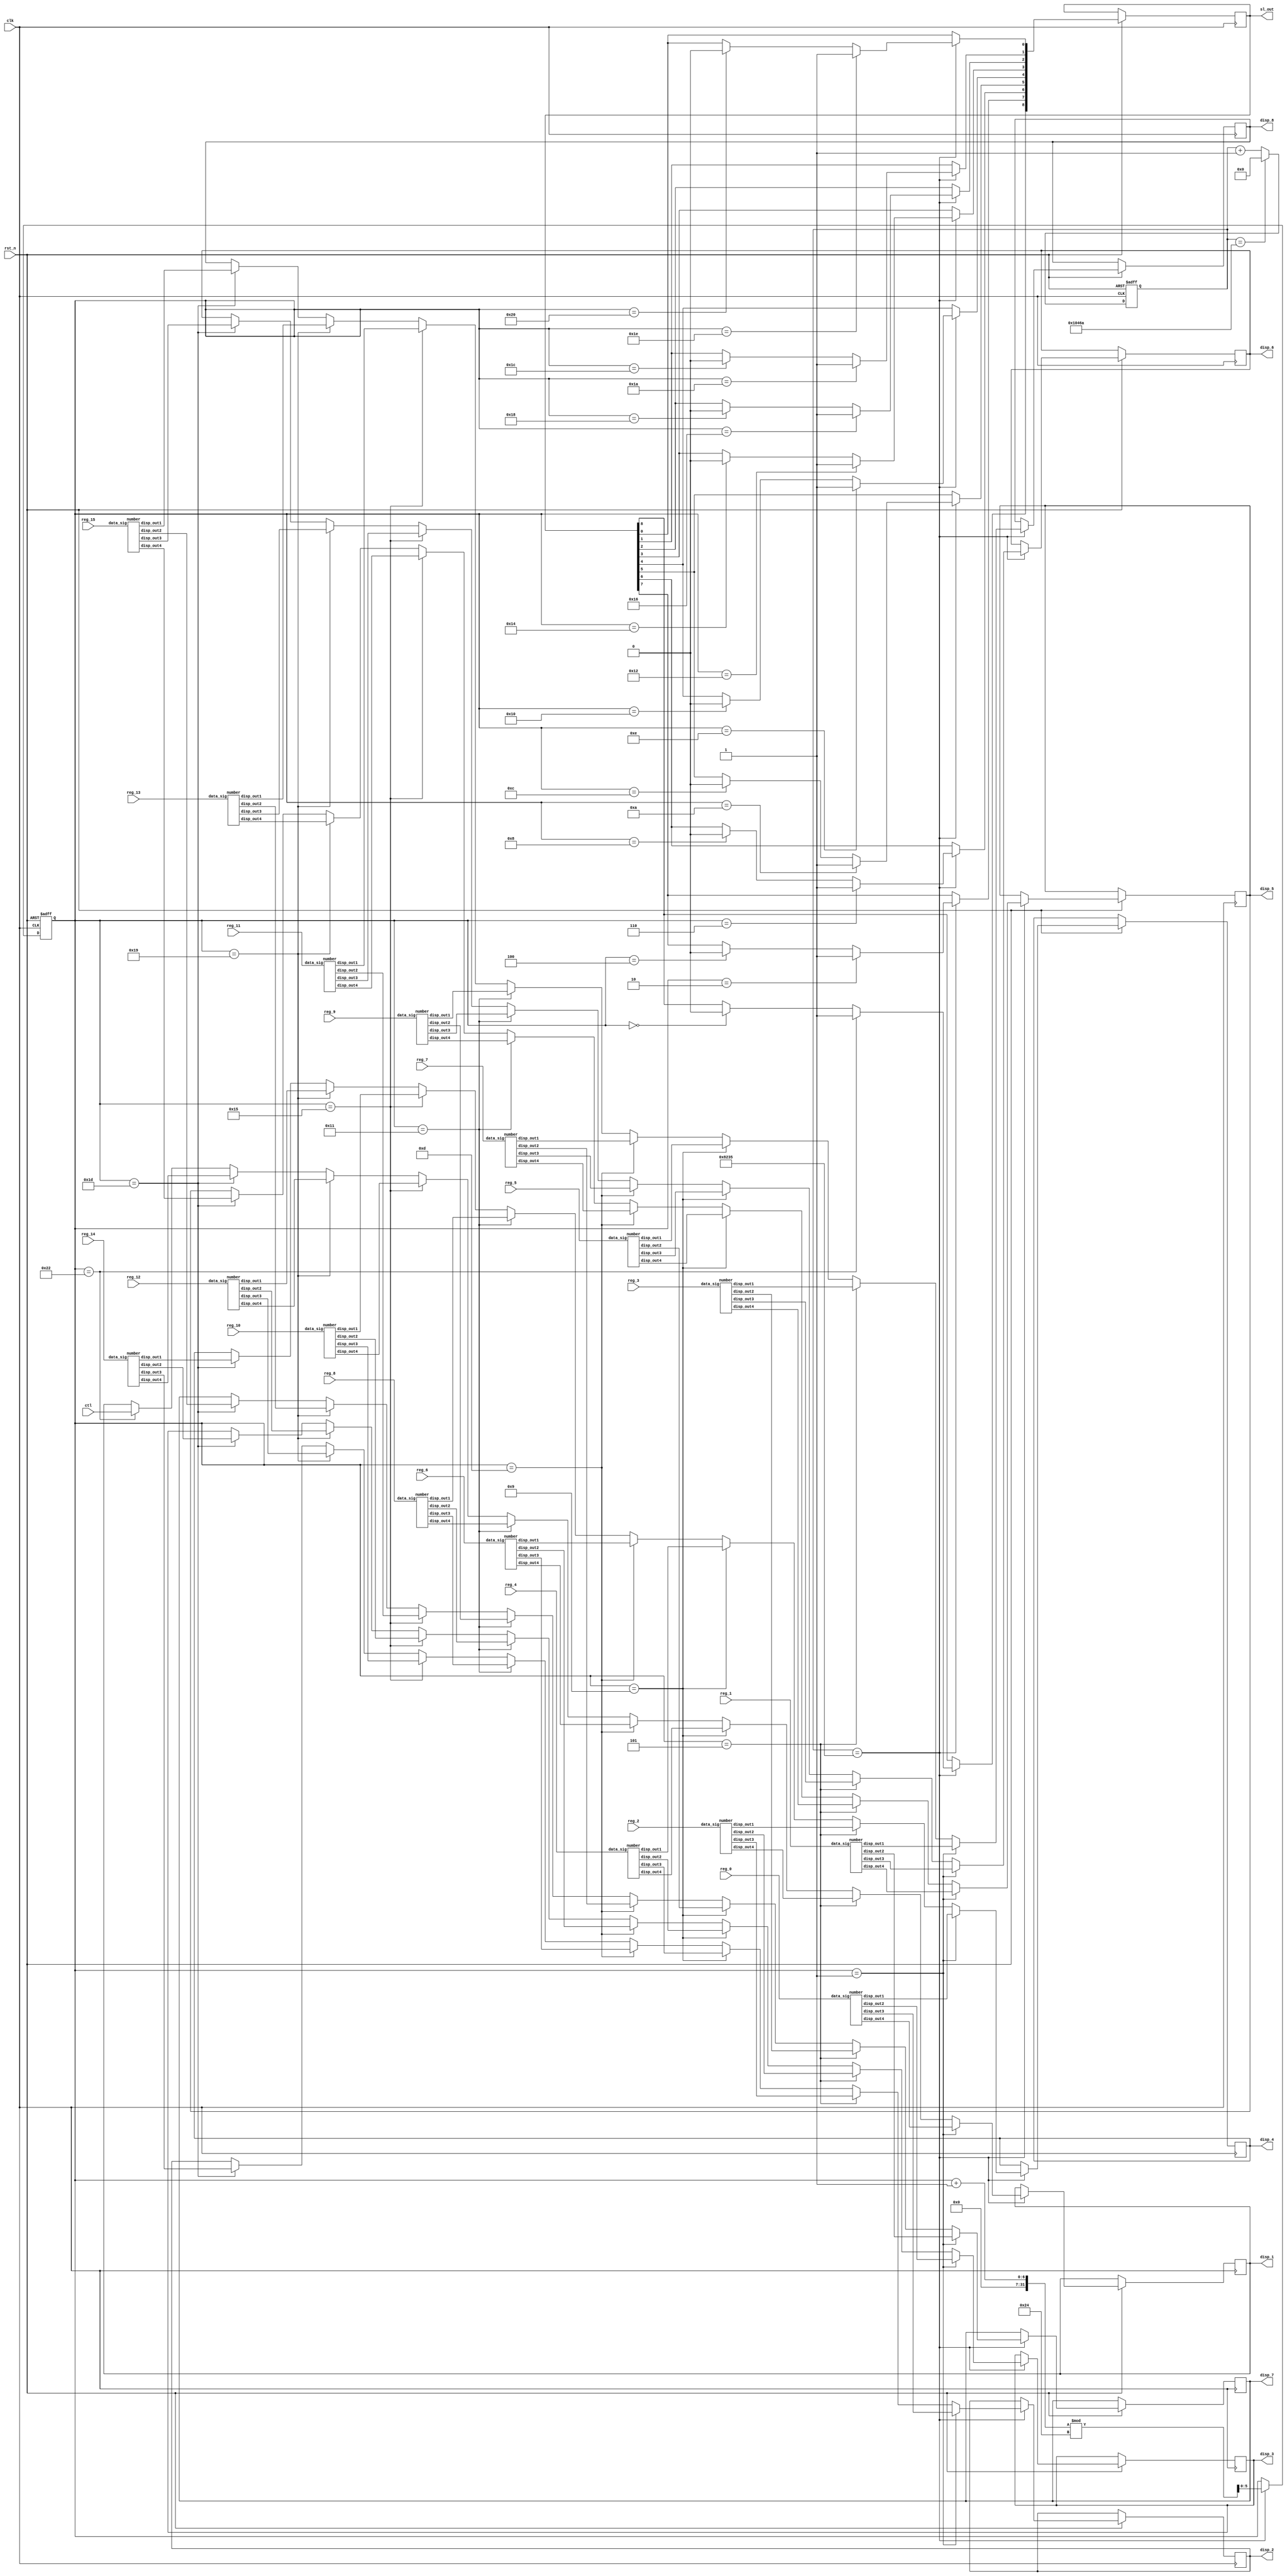
module display(
	input	clk,rst_n,
	input [15:0] reg_0,reg_1,reg_2,reg_3,reg_4,reg_5,reg_6,reg_7,reg_8,reg_9,reg_10,reg_11,reg_12,reg_13,reg_14,reg_15,
	input [7:0] ctl,
	output reg [7:0] disp_1,disp_2,disp_3,disp_4,disp_5,disp_6,disp_7,disp_8,
	output [8:0] sl_out);
	wire [15:0] wire_reg0,wire_reg1,wire_reg2,wire_reg3,wire_reg4,wire_reg5,wire_reg6,wire_reg7,wire_reg8,wire_reg9,wire_reg10,wire_reg11,wire_reg12,wire_reg13,wire_reg14,wire_reg15;
	wire [7:0] disp_reg0_1,disp_reg0_2,disp_reg0_3,disp_reg0_4,disp_reg1_1,disp_reg1_2,disp_reg1_3,disp_reg1_4,disp_reg2_1,disp_reg2_2,disp_reg2_3,disp_reg2_4,disp_reg3_1,disp_reg3_2,disp_reg3_3,disp_reg3_4,disp_reg4_1,disp_reg4_2,disp_reg4_3,disp_reg4_4,disp_reg5_1,disp_reg5_2,disp_reg5_3,disp_reg5_4,disp_reg6_1,disp_reg6_2,disp_reg6_3,disp_reg6_4,disp_reg7_1,disp_reg7_2,disp_reg7_3,disp_reg7_4,disp_reg8_1,disp_reg8_2,disp_reg8_3,disp_reg8_4,disp_reg9_1,disp_reg9_2,disp_reg9_3,disp_reg9_4,disp_reg10_1,disp_reg10_2,disp_reg10_3,disp_reg10_4,disp_reg11_1,disp_reg11_2,disp_reg11_3,disp_reg11_4,disp_reg12_1,disp_reg12_2,disp_reg12_3,disp_reg12_4,disp_reg13_1,disp_reg13_2,disp_reg13_3,disp_reg13_4,disp_reg14_1,disp_reg14_2,disp_reg14_3,disp_reg14_4,disp_reg15_1,disp_reg15_2,disp_reg15_3,disp_reg15_4;
	wire sl_clk_wire,sl_rst_wire;
	reg [5:0] t;
	reg [8:0] sel;
	assign wire_reg0 = reg_0;
	assign wire_reg1 = reg_1;
	assign wire_reg2 = reg_2;
	assign wire_reg3 = reg_3;
	assign wire_reg4 = reg_4;
	assign wire_reg5 = reg_5;
	assign wire_reg6 = reg_6;
	assign wire_reg7 = reg_7;
	assign wire_reg8 = reg_8;
	assign wire_reg9 = reg_9;
	assign wire_reg10 = reg_10;
	assign wire_reg11 = reg_11;
	assign wire_reg12 = reg_12;
	assign wire_reg13 = reg_13;
	assign wire_reg14 = reg_14;
	assign wire_reg15 = reg_15;
	assign sl_clk_wire = clk;
	assign sl_rst_wire = rst_n;
	number reg0(.data_sig(wire_reg0), .disp_out1(disp_reg0_1), .disp_out2(disp_reg0_2), .disp_out3(disp_reg0_3), .disp_out4(disp_reg0_4));
	number reg1(.data_sig(wire_reg1), .disp_out1(disp_reg1_1), .disp_out2(disp_reg1_2), .disp_out3(disp_reg1_3), .disp_out4(disp_reg1_4));
	number reg2(.data_sig(wire_reg2), .disp_out1(disp_reg2_1), .disp_out2(disp_reg2_2), .disp_out3(disp_reg2_3), .disp_out4(disp_reg2_4));
	number reg3(.data_sig(wire_reg3), .disp_out1(disp_reg3_1), .disp_out2(disp_reg3_2), .disp_out3(disp_reg3_3), .disp_out4(disp_reg3_4));
	number reg4(.data_sig(wire_reg4), .disp_out1(disp_reg4_1), .disp_out2(disp_reg4_2), .disp_out3(disp_reg4_3), .disp_out4(disp_reg4_4));
	number reg5(.data_sig(wire_reg5), .disp_out1(disp_reg5_1), .disp_out2(disp_reg5_2), .disp_out3(disp_reg5_3), .disp_out4(disp_reg5_4));
	number reg6(.data_sig(wire_reg6), .disp_out1(disp_reg6_1), .disp_out2(disp_reg6_2), .disp_out3(disp_reg6_3), .disp_out4(disp_reg6_4));
	number reg7(.data_sig(wire_reg7), .disp_out1(disp_reg7_1), .disp_out2(disp_reg7_2), .disp_out3(disp_reg7_3), .disp_out4(disp_reg7_4));
	number reg8(.data_sig(wire_reg8), .disp_out1(disp_reg8_1), .disp_out2(disp_reg8_2), .disp_out3(disp_reg8_3), .disp_out4(disp_reg8_4));
	number reg9(.data_sig(wire_reg9), .disp_out1(disp_reg9_1), .disp_out2(disp_reg9_2), .disp_out3(disp_reg9_3), .disp_out4(disp_reg9_4));
	number reg10(.data_sig(wire_reg10), .disp_out1(disp_reg10_1), .disp_out2(disp_reg10_2), .disp_out3(disp_reg10_3), .disp_out4(disp_reg10_4));
	number reg11(.data_sig(wire_reg11), .disp_out1(disp_reg11_1), .disp_out2(disp_reg11_2), .disp_out3(disp_reg11_3), .disp_out4(disp_reg11_4));
	number reg12(.data_sig(wire_reg12), .disp_out1(disp_reg12_1), .disp_out2(disp_reg12_2), .disp_out3(disp_reg12_3), .disp_out4(disp_reg12_4));
	number reg13(.data_sig(wire_reg13), .disp_out1(disp_reg13_1), .disp_out2(disp_reg13_2), .disp_out3(disp_reg13_3), .disp_out4(disp_reg13_4));
	number reg14(.data_sig(wire_reg14), .disp_out1(disp_reg14_1), .disp_out2(disp_reg14_2), .disp_out3(disp_reg14_3), .disp_out4(disp_reg14_4));
	number reg15(.data_sig(wire_reg15), .disp_out1(disp_reg15_1), .disp_out2(disp_reg15_2), .disp_out3(disp_reg15_3), .disp_out4(disp_reg15_4));
	assign sl_out = sel;
	reg [25:0] count;
	always @(posedge clk or negedge rst_n) begin
		if (!rst_n)
			count <= 26'h0;
		else if (count == (26'd20_000_000 / 300))
			count <= 26'h0;
		else
			count <= count + 26'h1;
	end
	always @(posedge clk or negedge rst_n) begin
		if (!rst_n)
			t <= 4'd0000;
		else if (count == (26'd10_000_000 / 300)) begin
			t <= (t + 1) % 36;
				sel[7] <= (t == 2) ? 1:
							 (t == 4) ? 0:
							 sel[7];
				sel[6] <= (t == 6) ? 1:
							 (t == 8) ? 0:
							 sel[6];
				sel[5] <= (t == 10) ? 1:
							 (t == 12) ? 0:
							 sel[5];
				sel[4] <= (t == 14) ? 1:
							 (t == 16) ? 0:
							 sel[4];
				sel[3] <= (t == 18) ? 1:
							 (t == 20) ? 0:
							 sel[3];
				sel[2] <= (t == 22) ? 1:
							 (t == 24) ? 0:
							 sel[2];
				sel[1] <= (t == 26) ? 1:
							 (t == 28) ? 0:
							 sel[1];
				sel[0] <= (t == 30) ? 1:
							 (t == 32) ? 0:
							 sel[0];
				sel[8] <= (t == 34) ? 1:
							 (t == 0) ? 0:
							 sel[8];
				disp_1 <=
						(t == 1)? disp_reg0_4:
						(t == 5)? disp_reg2_4:
						(t == 9)? disp_reg4_4:
						(t == 13)? disp_reg6_4:
						(t == 17)? disp_reg8_4:
						(t == 21)? disp_reg10_4:
						(t == 25)? disp_reg12_4:
						(t == 29)? disp_reg14_4:
						(t == 34)? ctl:
						disp_1;
				disp_2 <=
						(t == 1)? disp_reg0_3:
						(t == 5)? disp_reg2_3:
						(t == 9)? disp_reg4_3:
						(t == 13)? disp_reg6_3:
						(t == 17)? disp_reg8_3:
						(t == 21)? disp_reg10_3:
						(t == 25)? disp_reg12_3:
						(t == 29)? disp_reg14_3:
						disp_2;
				disp_3 <=
						(t == 1)? disp_reg0_2:
						(t == 5)? disp_reg2_2:
						(t == 9)? disp_reg4_2:
						(t == 13)? disp_reg6_2:
						(t == 17)? disp_reg8_2:
						(t == 21)? disp_reg10_2:
						(t == 25)? disp_reg12_2:
						(t == 29)? disp_reg14_2:
						disp_3;
				disp_4 <=
						(t == 1)? disp_reg0_1:
						(t == 5)? disp_reg2_1:
						(t == 9)? disp_reg4_1:
						(t == 13)? disp_reg6_1:
						(t == 17)? disp_reg8_1:
						(t == 21)? disp_reg10_1:
						(t == 25)? disp_reg12_1:
						(t == 29)? disp_reg14_1:
						disp_4;
				disp_5 <=
						(t == 1)? disp_reg1_4:
						(t == 5)? disp_reg3_4:
						(t == 9)? disp_reg5_4:
						(t == 13)? disp_reg7_4:
						(t == 17)? disp_reg9_4:
						(t == 21)? disp_reg11_4:
						(t == 25)? disp_reg13_4:
						(t == 29)? disp_reg15_4:
						disp_5;
				disp_6 <=
						(t == 1)? disp_reg1_3:
						(t == 5)? disp_reg3_3:
						(t == 9)? disp_reg5_3:
						(t == 13)? disp_reg7_3:
						(t == 17)? disp_reg9_3:
						(t == 21)? disp_reg11_3:
						(t == 25)? disp_reg13_3:
						(t == 29)? disp_reg15_3:
						disp_6;
				disp_7 <=
						(t == 1)? disp_reg1_2:
						(t == 5)? disp_reg3_2:
						(t == 9)? disp_reg5_2:
						(t == 13)? disp_reg7_2:
						(t == 17)? disp_reg9_2:
						(t == 21)? disp_reg11_2:
						(t == 25)? disp_reg13_2:
						(t == 29)? disp_reg15_2:
						disp_7;
				disp_8 <=
						(t == 1)? disp_reg1_1:
						(t == 5)? disp_reg3_1:
						(t == 9)? disp_reg5_1:
						(t == 13)? disp_reg7_1:
						(t == 17)? disp_reg9_1:
						(t == 21)? disp_reg11_1:
						(t == 25)? disp_reg13_1:
						(t == 29)? disp_reg15_1:
						disp_8;
		end else begin
			t <= t;
			sel <= sel;
			disp_1 <= disp_1;
			disp_2 <= disp_2;
			disp_3 <= disp_3;
			disp_4 <= disp_4;
			disp_5 <= disp_5;
			disp_6 <= disp_6;
			disp_7 <= disp_7;
			disp_8 <= disp_8;
		end
	end
endmodule

module SEVENSEG_LED (
	input [3:0] a,
	output [7:0] output_signal);
	assign output_signal = (a == 4'b0000) ? 8'b1111_1100:
									 (a == 4'b0001) ? 8'b0110_0000:
									 (a == 4'b0010) ? 8'b1101_1010:
									 (a == 4'b0011) ? 8'b1111_0010:
									 (a == 4'b0100) ? 8'b0110_0110:
									 (a == 4'b0101) ? 8'b1011_0110:
									 (a == 4'b0110) ? 8'b1011_1110:
									 (a == 4'b0111) ? 8'b1110_0000:
									 (a == 4'b1000) ? 8'b1111_1110:
									 (a == 4'b1001) ? 8'b1111_0110:
									 (a == 4'b1010) ? 8'b1110_1110:
									 (a == 4'b1011) ? 8'b0011_1110:
									 (a == 4'b1100) ? 8'b0001_1010:
									 (a == 4'b1101) ? 8'b0111_1010:
									 (a == 4'b1110) ? 8'b1001_1110:
									 8'b1000_1110;
								  
endmodule

module number( //16
	input [15:0] data_sig,
	output [7:0] disp_out1,disp_out2,disp_out3,disp_out4);
	wire n_wire_clk,n_wire_rst;
	wire [7:0] disp_wire1,disp_wire2,disp_wire3,disp_wire4;
	wire [3:0] data_wire1,data_wire2,data_wire3,data_wire4;
	assign data_wire1 = data_sig [3:0]; //___O
	assign data_wire2 = data_sig [7:4]; //__O_
	assign data_wire3 = data_sig [11:8]; //_O__
	assign data_wire4 = data_sig [15:12]; //O___
	SEVENSEG_LED l1(.a(data_wire1), .output_signal(disp_wire1));
	SEVENSEG_LED l2(.a(data_wire2), .output_signal(disp_wire2));
	SEVENSEG_LED l3(.a(data_wire3), .output_signal(disp_wire3));
	SEVENSEG_LED l4(.a(data_wire4), .output_signal(disp_wire4));
	assign disp_out1 =  disp_wire1;
	assign disp_out2 =  disp_wire2;
	assign disp_out3 =  disp_wire3;
	assign disp_out4 =  disp_wire4;
	
endmodule